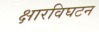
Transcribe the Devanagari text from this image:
क्षारविघटन